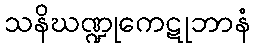
သနိဃဏ္ဍုကေဋုဘာနံ